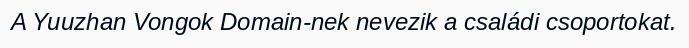
A Yuuzhan Vongok Domain-nek nevezik a családi csoportokat.